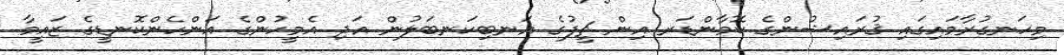
މިހަނގުރާމައިގައި ޤުރައިޝުންގެ ކޮމާންޑަރ އިން ޗީފުގެ އަނބިކަނބަލުން އަދި އެމީހުންގެ އަންހެންކޮނޑީގެ ޒައީމާ